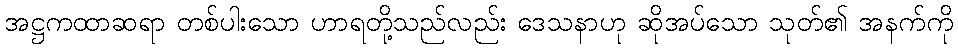
အဋ္ဌကထာဆရာ တစ်ပါးသော ဟာရတို့သည်လည်း ဒေသနာဟု ဆိုအပ်သော သုတ်၏ အနက်ကို